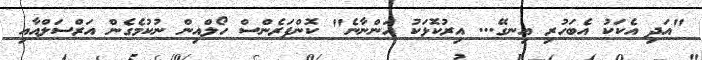
"އަދި އެކަކު އެބަހުރި އިނގޭ... އިރުކޮޅަކު އަންނާނެ" ކޮންފަރެންސް ހޯލްއިން ނުކުމެގެން އަރްސަލްއާއި